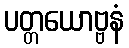
ပတ္တယောဗ္ဗနံ